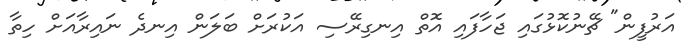
އަރުފީން" ޗޭނުކޮޅުގައި ޖަހާފައި އޮތް އިނގިރޭސި އަކުރަށް ބަލަން އިނދެ ނައިރާއަށް ހިތާ